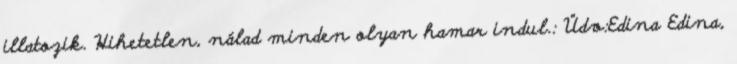
illatozik. Hihetetlen, nálad minden olyan hamar indul.: Üdv:Edina Edina,